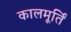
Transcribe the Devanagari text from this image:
कालमूर्तिं